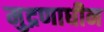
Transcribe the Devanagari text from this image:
मुद्रणाधीन